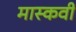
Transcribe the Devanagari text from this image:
मास्कवी